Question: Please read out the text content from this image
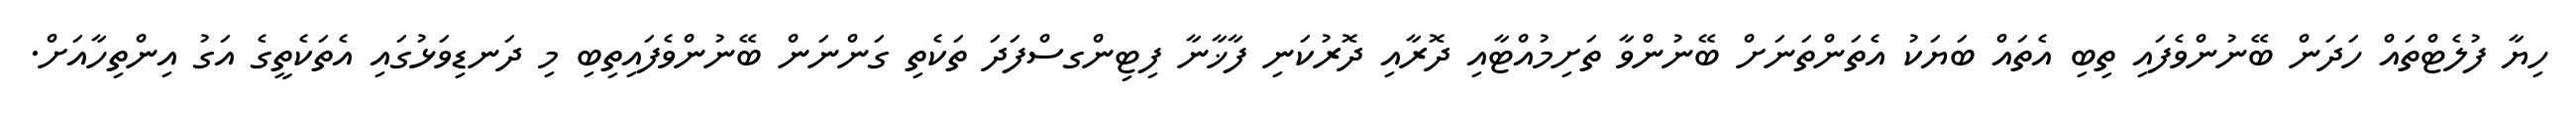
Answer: ހިޔާ ފުލެޓްތައް ހަދަން ބޭނުންވެފައި ތިބި އެތައް ބަޔަކު އެތަންތަނަށް ބޭނުންވާ ތަށިމުއްޓާއި ދޮރާއި ދޮރުކަނި ފާޚާނާ ފިޓިންގސްފަދަ ތަކެތި ގަންނަން ބޭނުންވެފައިތިބި މި ދަނޑިވަޅުގައި އެތަކެތީގެ އަގު އިންތިހާއަށް.